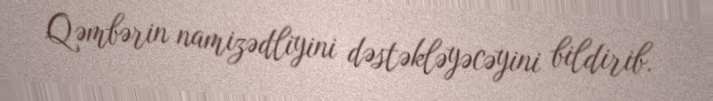
Qəmbərin namizədliyini dəstəkləyəcəyini bildirib.